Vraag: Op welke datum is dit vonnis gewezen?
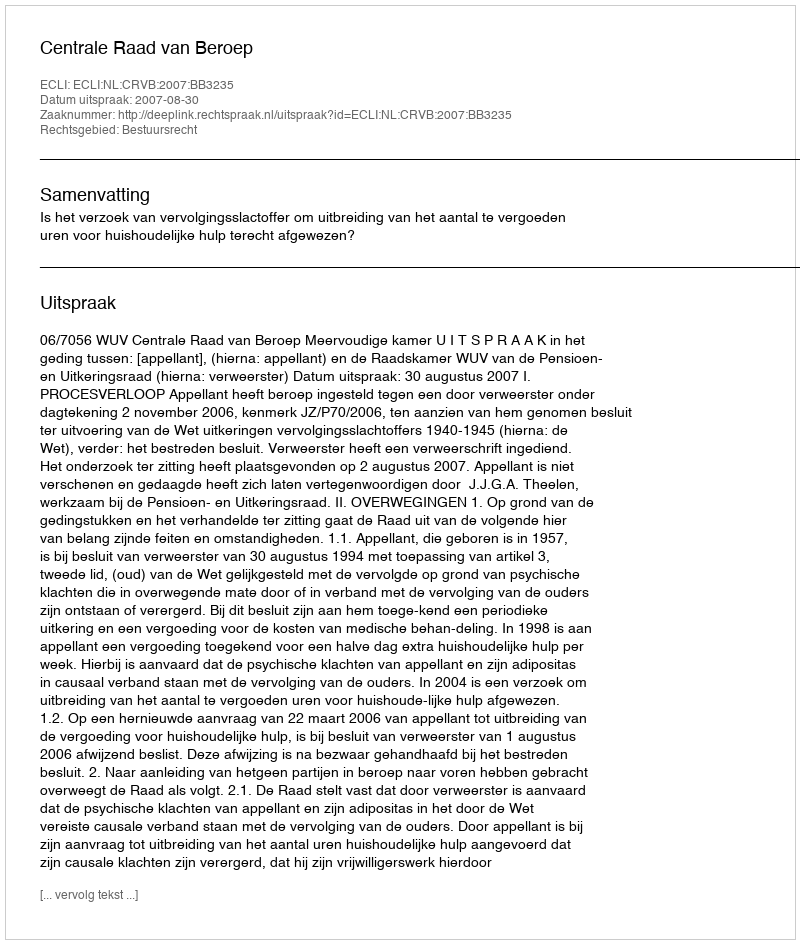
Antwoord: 2007-08-30